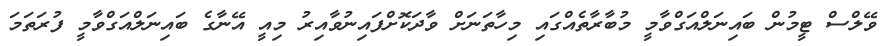
ވޭލްސް ޓީމުން ބައިނަލްއަގްވާމީ މުބާރާތެއްގައި މިހާތަނަށް ވާދަކޮށްފައިނުވާއިރު މިއީ އޭނާގެ ބައިނަލްއަގްވާމީ ފުރަތަމަ